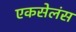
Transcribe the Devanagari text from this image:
एकसेलंस